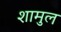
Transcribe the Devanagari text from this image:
शामुल